Lunatic asylums Punjab 1911-1921 - 1911-1921
Year: 1911
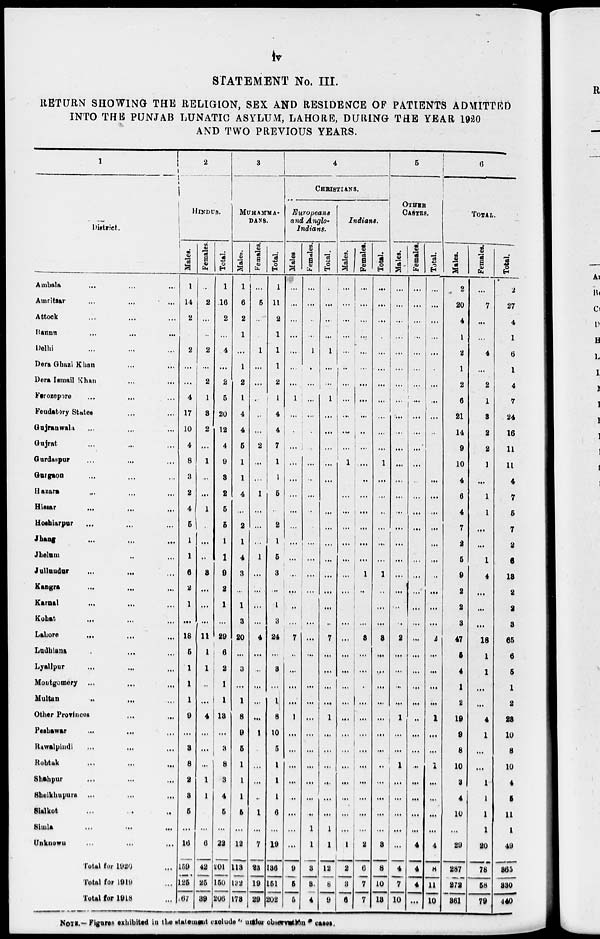
iv
STATEMENT No. III.
RETURN SHOWING THE RELIGION, SEX AND RESIDENCE OF PATIENTS ADMITTED
INTO THE PUNJAB LUNATIC ASYLUM, LAHORE, DURING THE YEAR 1920
AND TWO PREVIOUS YEARS.
1
District.
Ambala ... ... ...
Amritsar ... ... ...
Attock ... ... ...
Bannu ... ... ...
Delhi ... ... ...
Dera Ghazi Khan ... ...
Dera Ismail Khan ... ...
Ferozepore ... ... ...
Feudatory States ... ...
Gujranwala ... ... ...
Gujrat ... ... ...
Gurdaspur ... ... ...
Gurgaon ... ... ...
Hazara ... ... ...
Hissar ... ... ...
Hoshiarpur ... ... ...
Jhang ... ... ...
Jhelum ... ... ...
Jullandar ... ... ...
Kangra ... ... ...
Karnal ... ... ...
Kohat ... ... ...
Lahore ... ... ...
Ludhiana ... ... ...
Lyallpur ... ... ...
Moutgomery ... ... ...
Multan ... ... ...
Other Provinces ... ...
Peshawar ... ... ...
Rawalpindi ... ... ...
Rohtak ... ... ...
Shahpur ... ... ...
Sheikhupura ... ... ...
Sialkot ... ... ...
Simla ... ... ...
Unknown ... ... ...
Total for 1920 ...
Total for 1919 ...
Total for 1918 ...
2
HINDUS.
Males.
1
14
2
...
2
...
...
4
17
10
4
8
3
2
4
5
1
1
6
2
1
...
18
5
1
1
1
9
...
3
8
2
3
5
...
16
169
125
167
Females.
...
2
...
...
2
...
2
1
3
2
...
1
...
...
1
...
...
...
3
...
...
...
11
1
1
...
...
4
...
...
...
1
1
...
...
6
42
25
39
Total.
1
16
2
...
4
...
2
5
20
12
4
9
3
2
5
5
1
1
9
2
1
...
29
6
2
1
1
13
...
3
8
3
4
5
...
22
201
150
206
3
MUHAMMA-
DANS.
Males.
1
6
2
1
...
1
2
1
4
4
5
1
1
4
...
2
1
4
3
...
1
3
20
...
3
...
1
8
9
5
1
1
1
5
...
12
118
132
178
Females.
...
5
...
...
1
...
...
...
...
...
2
...
...
1
...
...
...
1
...
...
...
...
4
...
...
...
...
...
1
...
...
...
...
1
...
7
23
19
29
Total.
1
11
2
1
1
1
2
1
4
4
7
1
1
5
...
2
1
5
3
...
1
3
24
...
3
...
1
8
10
5
1
1
1
6
...
19
136
151
202
4
CHRISTIANS.
Europeans
and Anglo-
Indians.
Males
...
...
...
...
...
...
...
1
...
...
...
...
...
...
...
...
...
...
...
...
...
...
7
...
...
...
...
1
...
...
...
...
...
...
...
...
9
5
5
Females.
...
...
...
...
1
...
...
...
...
...
...
...
...
...
...
...
...
...
...
...
...
...
...
...
...
...
...
...
...
...
...
...
...
...
1
1
3
3
4
Total.
...
...
...
...
1
...
...
1
...
...
...
...
...
...
...
...
...
...
...
...
...
...
7
...
...
...
...
1
...
...
...
...
...
...
1
1
12
8
9
Indians.
Males.
...
...
...
...
...
...
...
...
...
...
...
1
...
...
...
...
...
...
...
...
...
...
...
...
...
...
...
...
...
...
...
...
...
...
...
1
2
3
6
Females.
...
...
...
...
...
...
...
...
...
...
...
...
...
...
...
...
...
...
1
...
...
...
3
...
...
...
...
...
...
...
...
...
...
...
...
2
6
7
7
Total.
...
...
...
...
...
...
...
...
...
...
...
1
...
...
...
...
...
...
1
...
...
...
3
...
...
...
...
...
...
...
...
...
...
...
...
3
8
10
13
5
OTHER
CASTES.
Males.
...
...
...
...
...
...
...
...
...
...
...
...
...
...
...
...
...
...
...
...
...
...
2
...
...
...
...
1
...
...
1
...
...
...
...
...
4
7
10
Females.
...
...
...
...
...
...
...
...
...
...
...
...
...
...
...
...
...
...
...
...
...
...
...
...
...
...
...
...
...
...
...
...
...
...
...
4
4
4
...
Total.
...
...
...
...
...
...
...
...
...
...
...
...
...
...
...
...
...
...
..
...
...
...
2
...
...
...
...
1
...
...
1
...
...
...
...
4
8
11
10
6
TOTAL.
Males.
2
20
4
1
2
1
2
6
21
14
9
10
4
6
4
7
2
5
9
2
2
3
47
5
4
1
2
19
9
8
10
3
4
10
...
29
287
272
361
Females.
...
7
...
...
4
...
2
1
3
2
2
1
...
1
1
...
...
1
4
...
...
...
18
1
1
...
...
4
1
...
...
1
1
1
1
20
78
58
79
Total.
2
27
4
1
6
1
4
7
24
16
11
11
4
7
5
7
2
6
13
2
2
3
65
6
5
1
2
28
10
8
10
4
5
11
1
49
365
330
440
NOTE.—Figures exhibited in the statement exclude " under observation " cases.